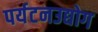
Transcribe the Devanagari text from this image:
पर्यटनउद्योग